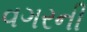
વગરની